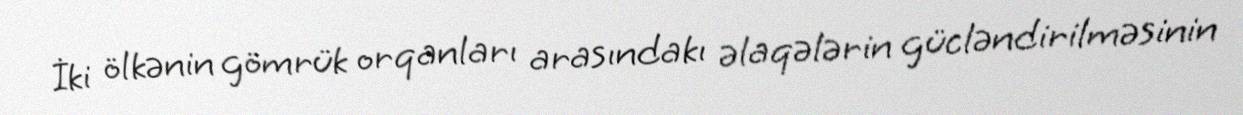
İki ölkənin gömrük orqanları arasındakı əlaqələrin gücləndirilməsinin